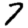
Digit: 7